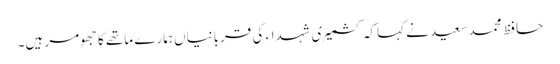
حافظ محمد سعید نے کہاکہ کشمیری شہداء کی قربانیاں ہمارے ماتھے کا جھومر ہیں۔